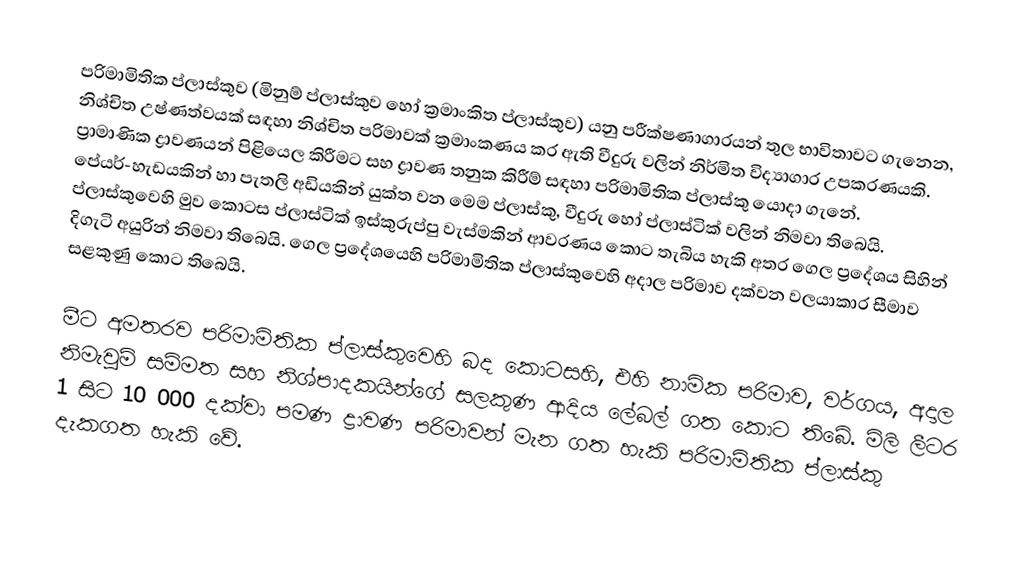
පරිමාමිතික ප්ලාස්කුව (මිනුම් ප්ලාස්කුව හෝ ක්‍රමාංකිත ප්ලාස්කුව) යනු පරීක්ෂණාගාරයන් තුල භාවිතාවට ගැනෙන, නිශ්චිත උෂ්ණත්වයක් සඳහා නිශ්චිත පරිමාවක් ක්‍රමාංකණය කර ඇති වීදුරු වලින් නිර්මිත විද්‍යාගාර උපකරණයකි. ප්‍රාමාණික ද්‍රාවණයන් පිළියෙල කිරීමට සහ ද්‍රාවණ තනුක කිරීම් සඳහා පරිමාමිතික ප්ලාස්කු යොදා ගැනේ. පේයර්-හැඩයකින් හා පැතලි අඩියකින් යුක්ත වන මෙම ප්ලාස්කු, වීදුරු හෝ ප්ලාස්ටික් වලින් නිමවා තිබෙයි. ප්ලාස්කුවෙහි මුව කොටස ප්ලාස්ටික් ඉස්කුරුප්පු වැස්මකින් ආවරණය කොට තැබිය හැකි අතර ගෙල ප්‍රදේශය සිහින් දිගැටි අයුරින් නිමවා තිබෙයි. ගෙල ප්‍රදේශයෙහි පරිමාමිතික ප්ලාස්කුවෙහි අදාල පරිමාව දක්වන වලයාකාර සීමාව සළකුණු කොට තිබෙයි.

මීට අමතරව පරිමාමිතික ප්ලාස්කුවෙහි බද කොටසහි, එහි නාමික පරිමාව, වර්ගය, අදාල නිමැවුම් සම්මත සහ නිශ්පාදකයින්ගේ සලකුණ ආදිය ලේබල් ගත කොට තිබේ. මිලි ලීටර 1 සිට 10 000 දක්වා පමණ ද්‍රාවණ පරිමාවන් මැන ගත හැකි පරිමාමිතික ප්ලාස්කු දැකගත හැකි වේ.